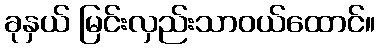
ခုနှယ် မြင်းလှည်းသာဝယ်ထောင်။